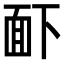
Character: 𮧉